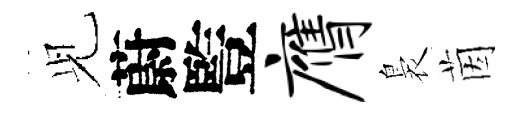
𫤗蔚䜿膺裊茵